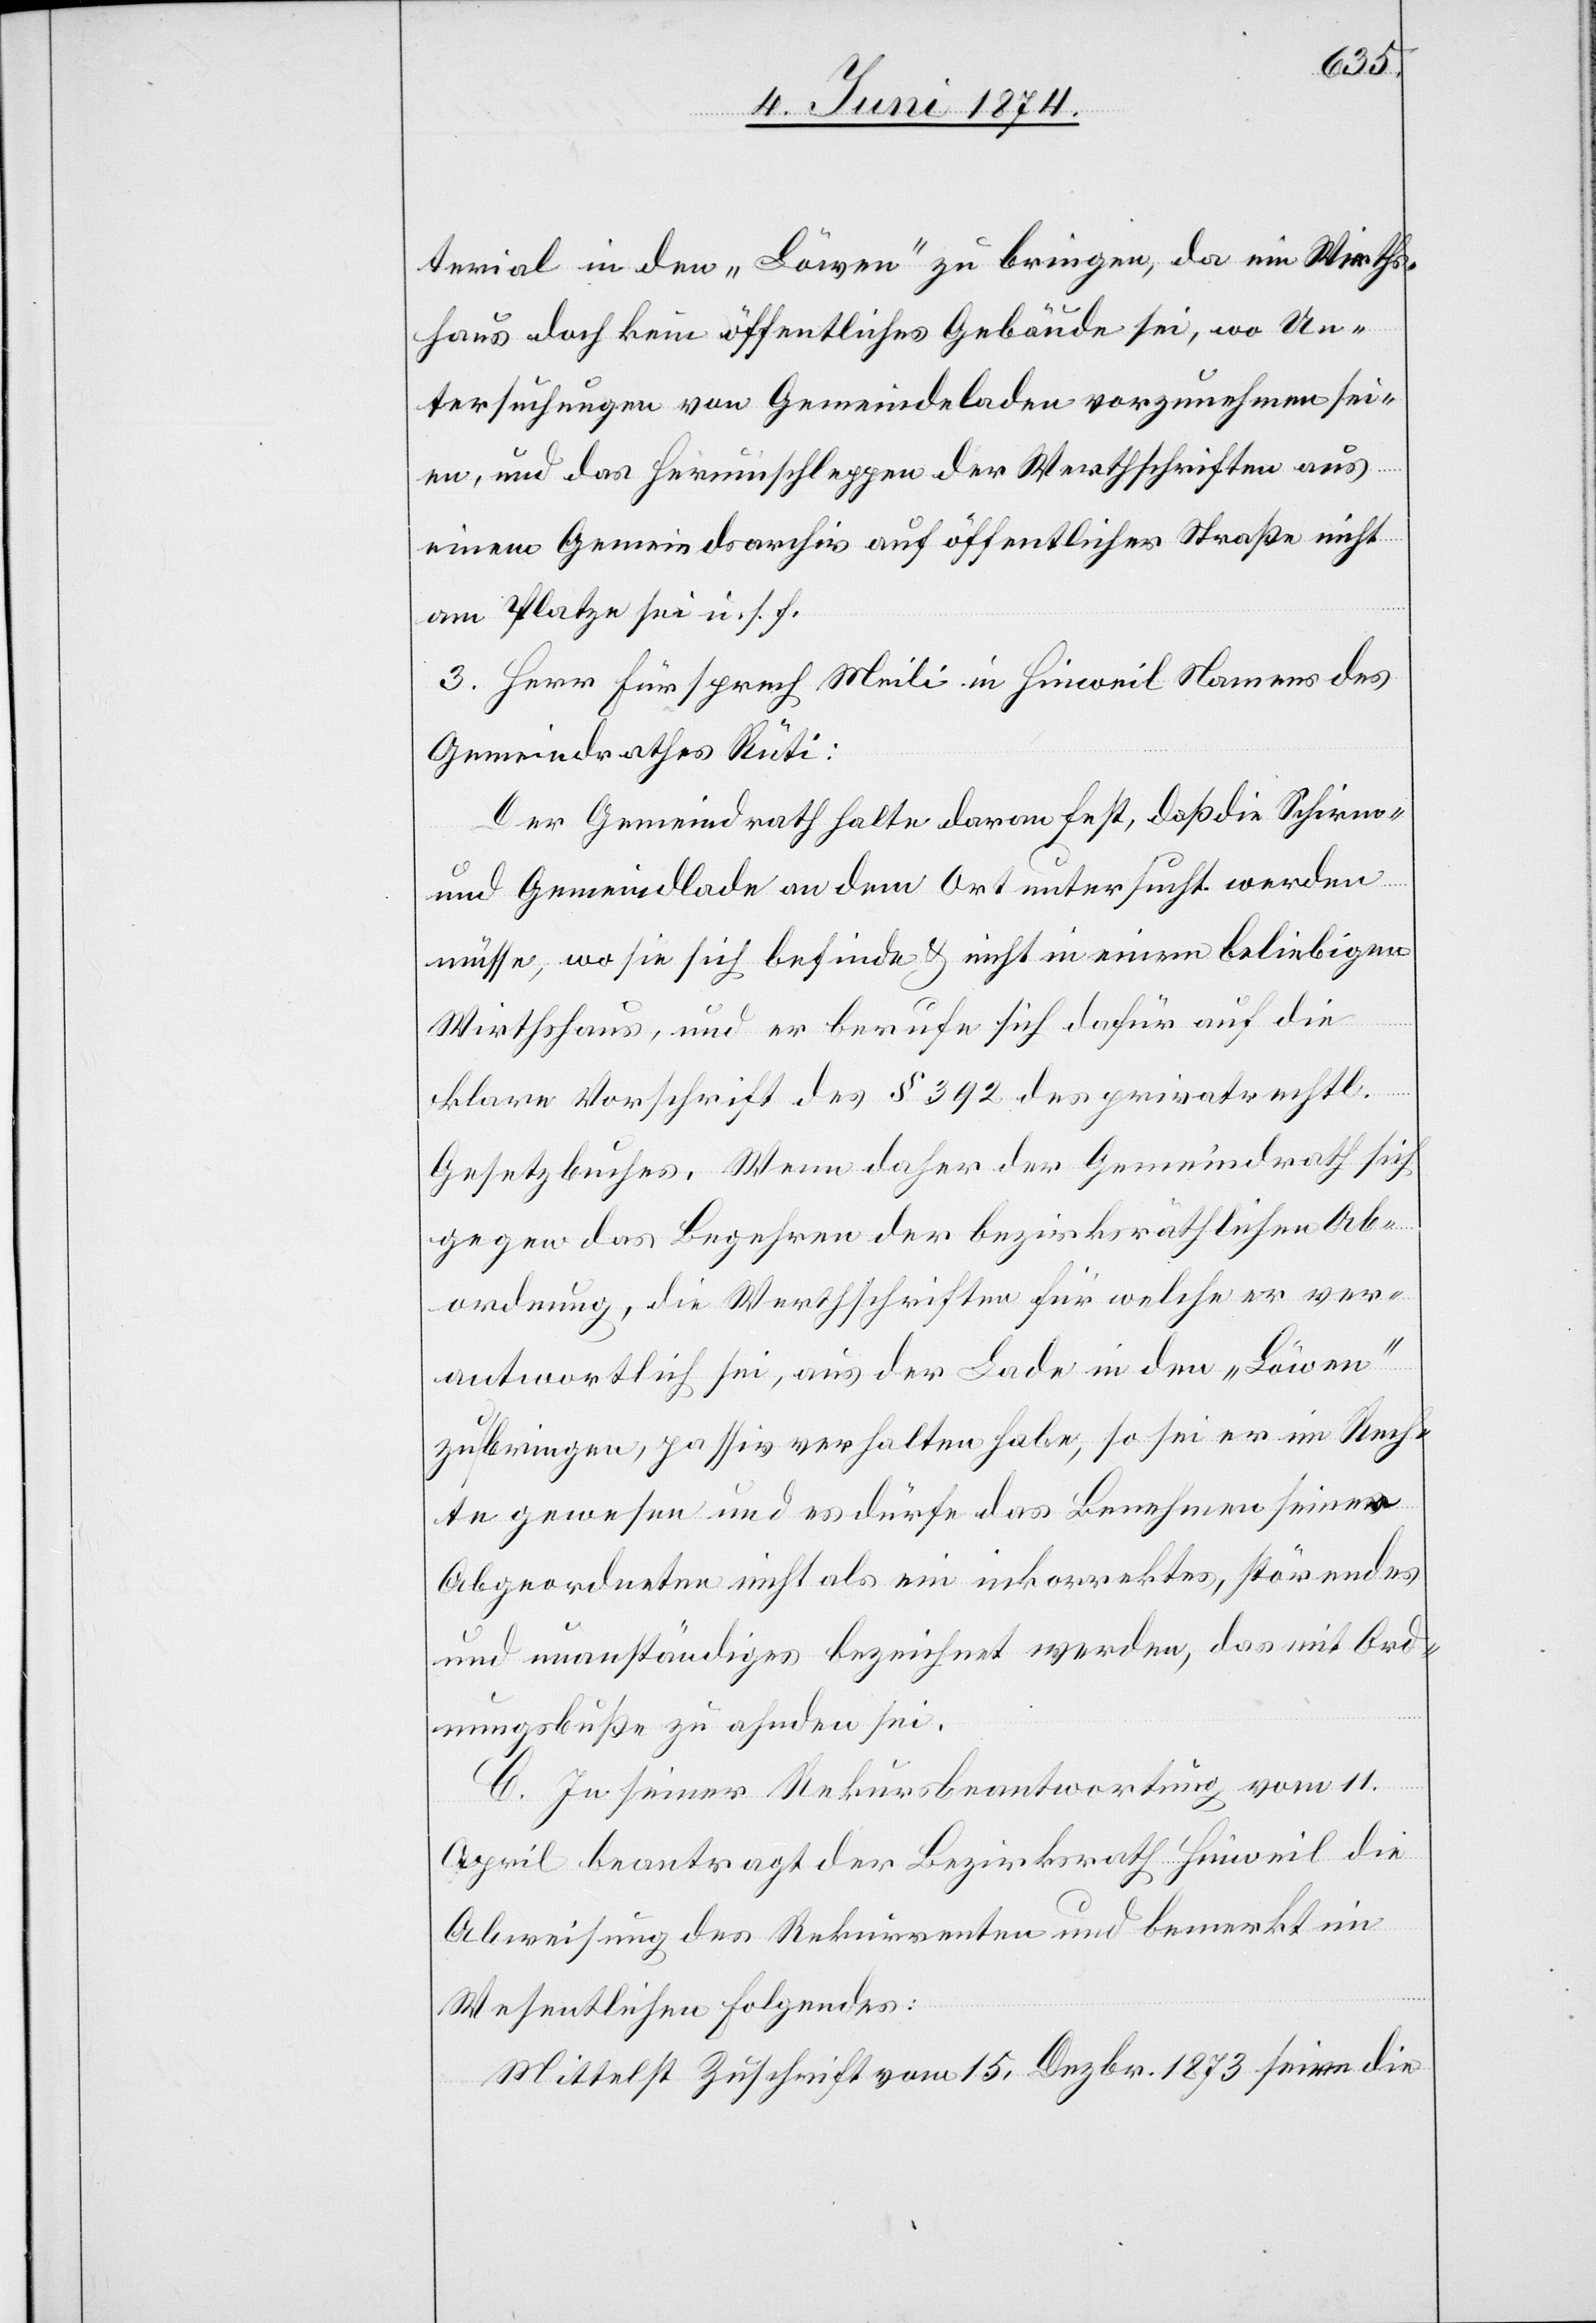
terial in den „Löwen“ zu bringen, da ein Wirths¬
haus doch kein öffentliches Gebäude sei, wo Un¬
tersuchungen von Gemeindeladen vorzunehmen sei¬
en, und das Herumschleppen der Werthschriften aus
einem Gemeindsarchiv auf öffentlicher Straße nicht
am Platze sei u. s. f.
3. Herr Fürsprech Meili in Hinweil Namens des
Gemeindrathes Rüti:
Der Gemeindrath halte daran fest, daß die Schirm-
und Gemeindlade an dem Ort untersucht werden
müsse, wo sie sich befinde u. nicht in einem beliebigen
Wirthshaus, und er berufe sich dafür auf die
klare Vorschrift des § 392 des privatrechtl.
Gesetzbuches. Wenn daher der Gemeindrath sich
gegen das Begehren der bezirksräthlichen Ab¬
ordnung, die Werthschriften für welche er ver¬
antwortlich sei, aus der Lade in den „Löwen“
zu bringen, passiv verhalten habe, so sei er im Rech¬
te gewesen und es dürfe das Benehmen seiner
Abgeordneten nicht als ein inkorrektes, störendes
und unanständiges bezeichnet werden, das mit Ord¬
nungsbuße zu ahnden sei.
C. In seiner Rekursbeantwortung vom 11.
April beantragt der Bezirksrath Hinweil die
Abweisung des Rekurrenten und bemerkt im
Wesentlichen Folgendes:
Mittelst Zuschrift vom 15. Dezbr. 1873 seien die